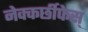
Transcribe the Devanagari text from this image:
नेक्कर्छीफेस्